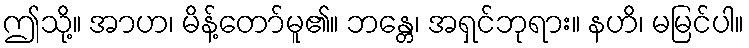
ဤသို့။ အာဟ၊ မိန့်တော်မူ၏။ ဘန္တေ၊ အရှင်ဘုရား။ နဟိ၊ မမြင်ပါ။